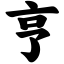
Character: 亨